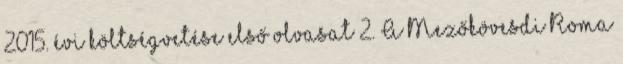
2015. évi költségvetése első olvasat 2. A Mezőkövesdi Roma